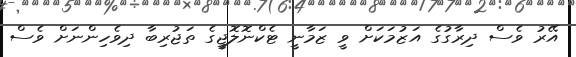
އޭރު ވެސް ދިރާގުގެ އަޒުމަކަށް ވީ ޒަމާނީ ޓެކްނޮލޮޖީގެ ތަޖުރިބާ ދިވެހިންނަށް ވެސް